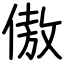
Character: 傲